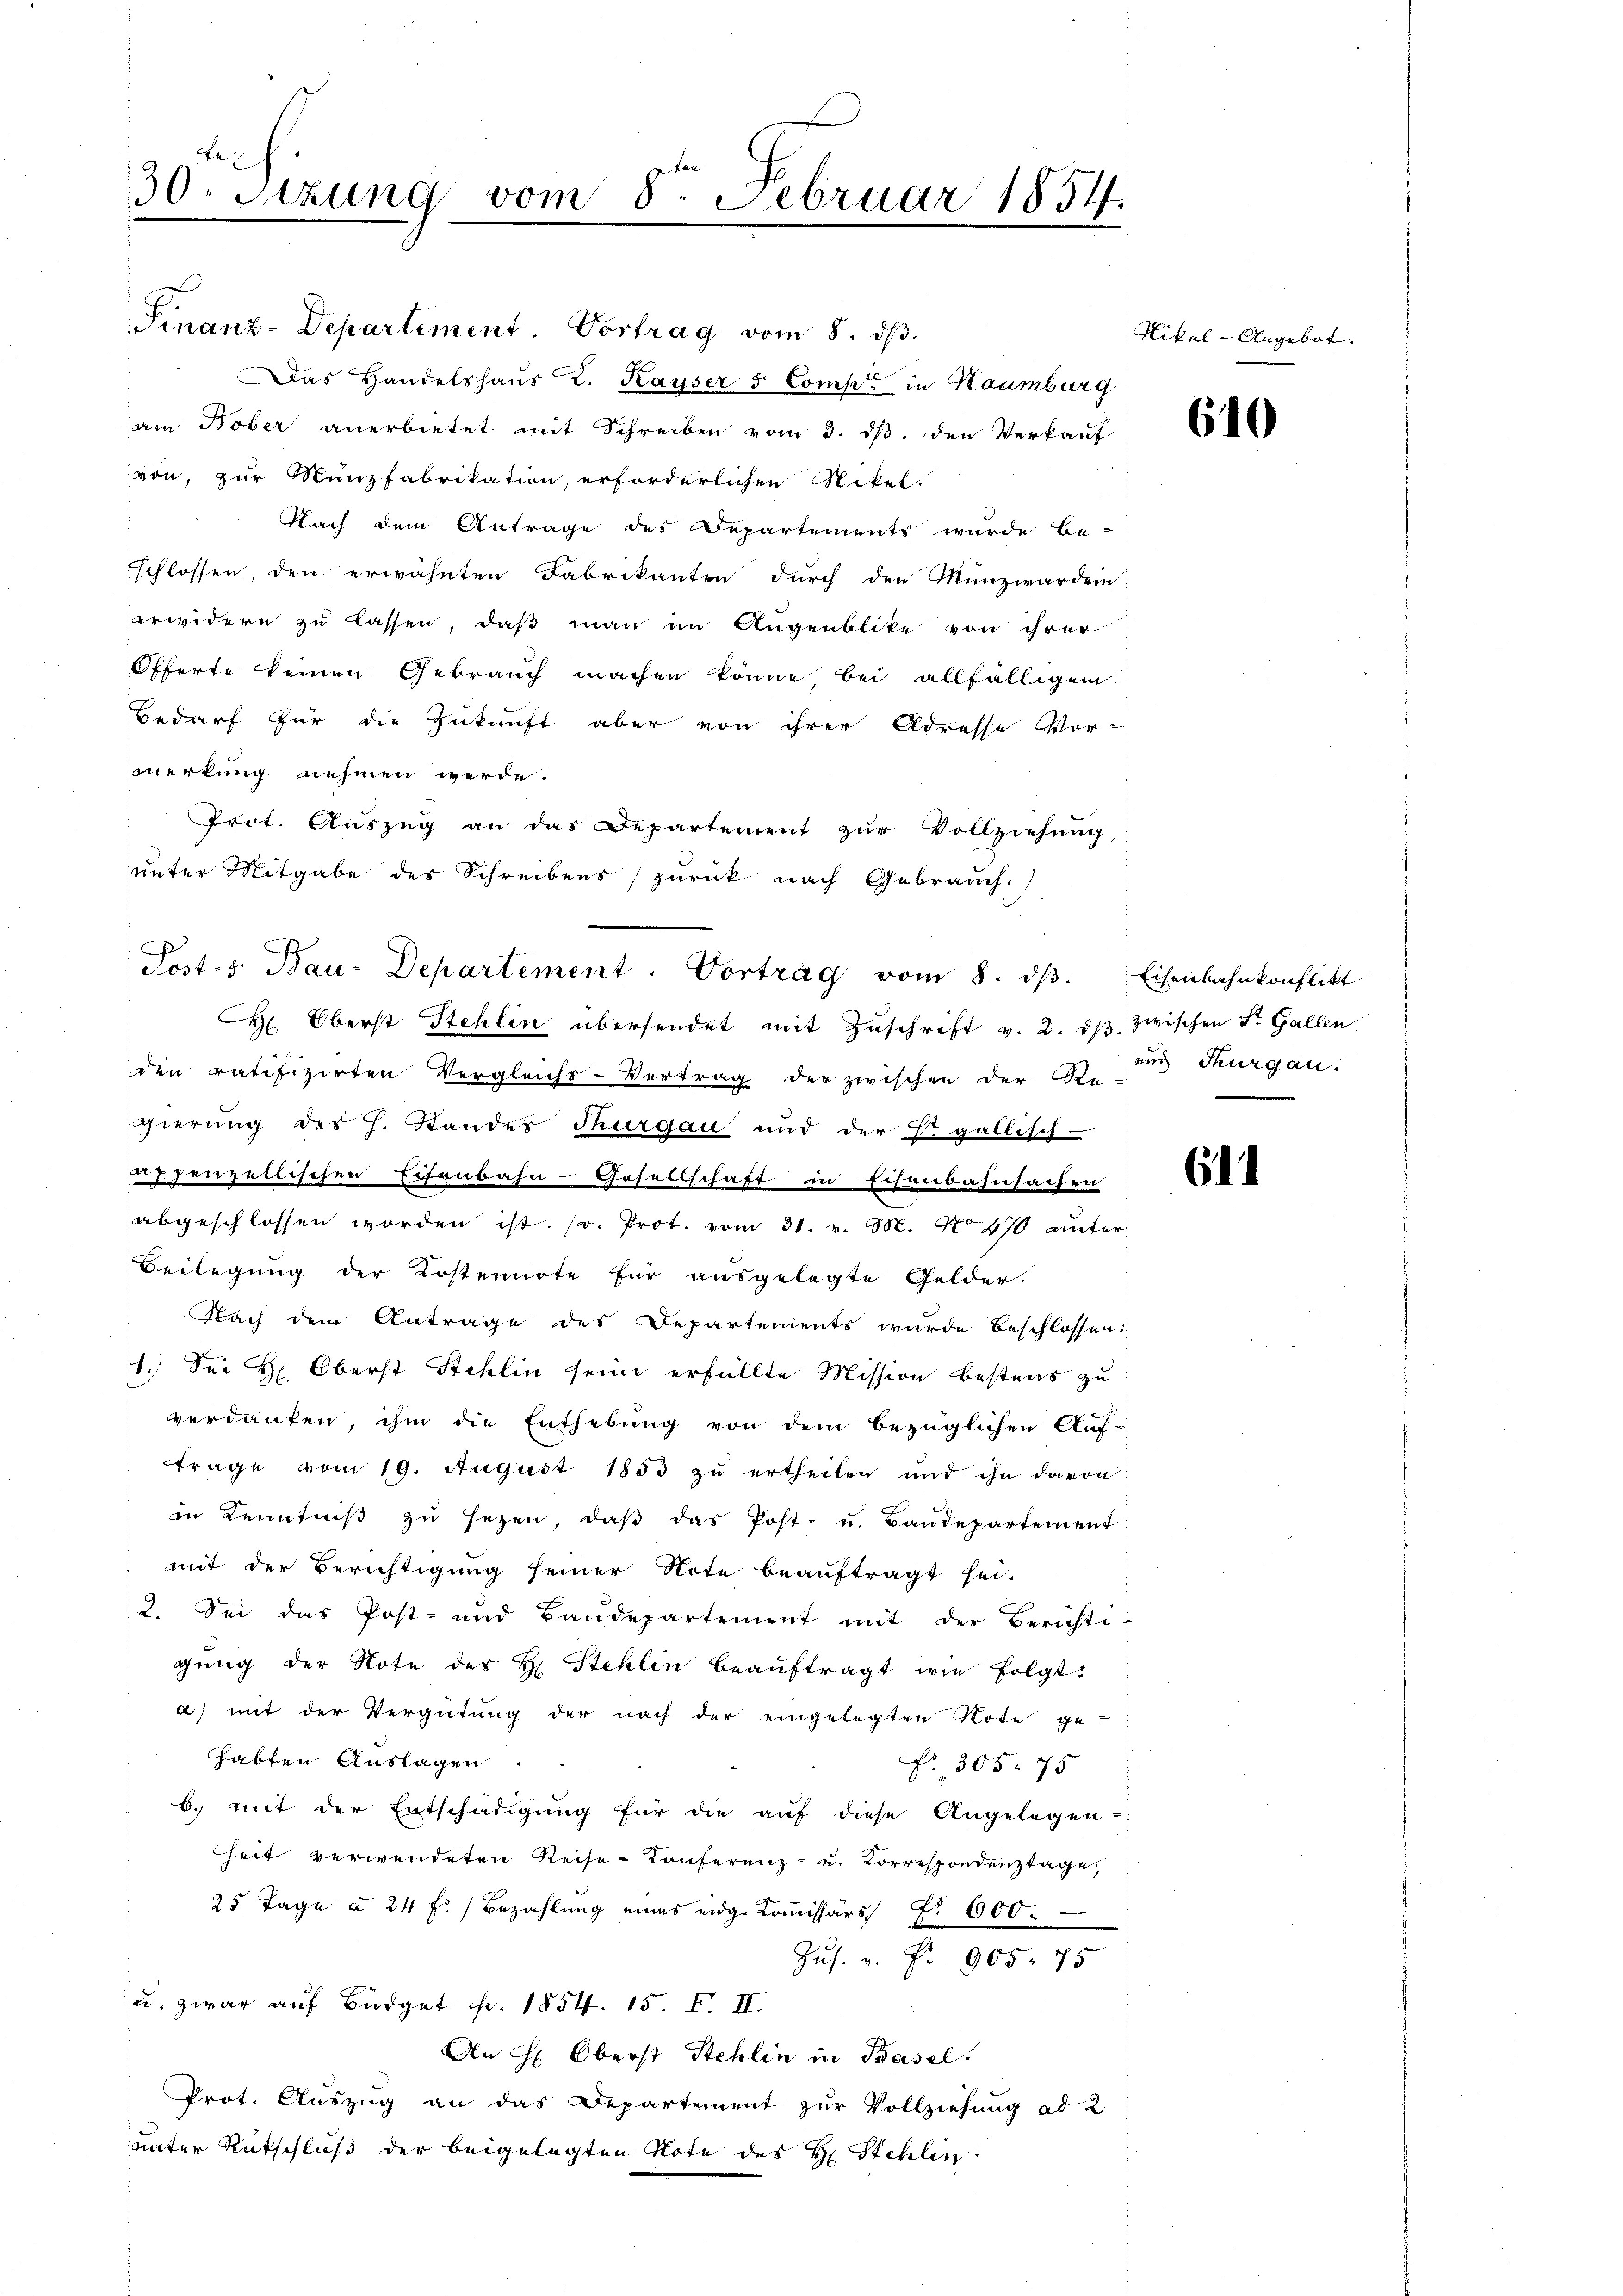
30. Sizung vom 8. Februar 1854.

Finanz-Departement. Vortrag vom 8. dβ.
Das Handelshaus K. Kayser 5 Comp. in Haumburg
am Kober anerbietet mit Schreiben vom 3. dβ. den Verkauf
von, zur Münzfabrikation, erforderlichen Nikel.
Nach dem Antrage des Departements wurde be-
schlossen, den erwähnten Fabrikanten durch den Münzwarden
erwidern zu lassen, daß man im Augenblike von ihrer
Offerte keinen Gebrauch machen könne, bei allfälligem
Bedarf für die Zukunft aber von ihrer Adresse Vor-
merkung nehmen werde.
Prot. Auszug an das Departement zur Vollziehung,
unter Mitgabe des Schreibens zurück nach Gebrauch.
CH. Oberst Stehlin übersendet mit Zuschrift v. 2. ds. zwischen St. Gallen
den ratifizirten Vergleichs-Vertrag der zwischen der Re-
gierung des H. Stander Thurgau und der Er gallisch-
 henzellischen Eisenbahn-Gesellschaft in Eisenbahnsachen
abgeschlossen worden ist. (r. Prot. vom 31. v. M. No 470 unter
Beilegung der Kostennote für ausgelegte Gelder.
Nach dem Antrage des Departements wurde beschlossen:
1.) Sei Hr. Oberst Stehlin seine erfüllte Mission bestens zu
verdanken, ihm die Enthebŭng von dem bezüglichen Aŭf-
frage vom 19. August 1853 zu ertheilen und ihn davon
in Kenntniβ zŭ sezen, daβ das Post- u. Baudepartement
mit der Berichtigung seiner Note beauftragt sei.
2. Sei das Post- und Baudepartement mit der Berichti-
gŭng der Note der H. Stehlin beaŭftragt wie folgt
a) mit der Vergütung der nach der eingelegten Note ge-
habten Auslagen
No. 365. 75
b. mit der Entschädigung für die auf diese Angelegen-
heit verwendeten Reise-Konferenz- u. Korrespondenztage.
25 Tage à 24 f. Bezahlung eines eidg. Kommissärs f. 600.
Zus. v. Fr. 905. 75
u. zwar auf Büdget p. 1854. 15 F. II.
An H: Oberst Stehlin in Basel
Prot. Auszug an das Departement zur Vollziehung ad 2
unter Rutschluß der beigelegten Note des H. Stehlin

Post. z. Bau-Departement. Vortrag vom 8. dβ. Eisenbahnkonflikt

Nikal-Angebot.

610

und Thurgau.

644